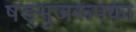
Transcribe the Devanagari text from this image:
षड्भुजरूपका